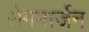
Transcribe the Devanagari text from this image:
रोगमार्जन